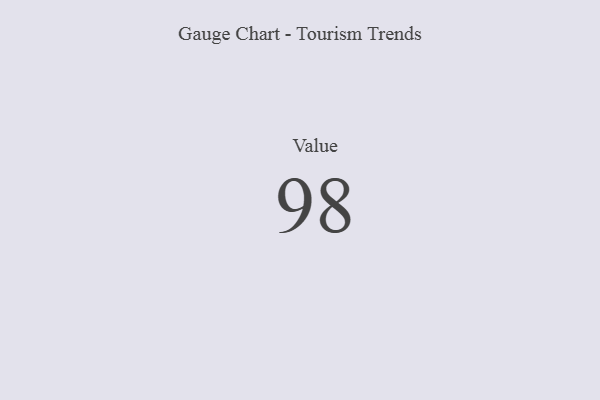
{"axis": {"x": "Metric", "y": "Value"}, "legend": [""], "data": [{"x": "Value", "y": 98, "type": ""}]}